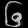
Digit: ၆